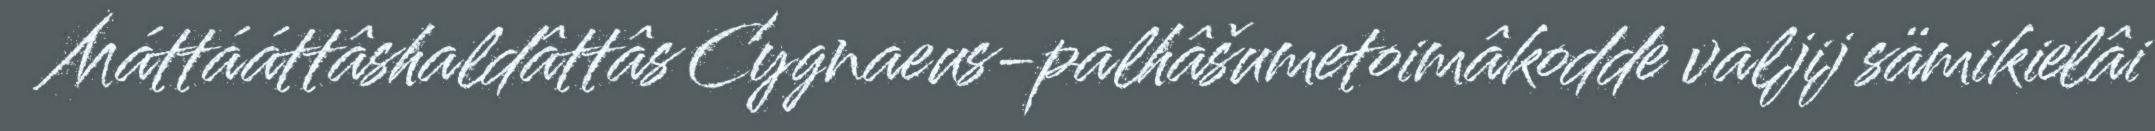
Máttááttâshaldâttâs Cygnaeus-palhâšumetoimâkodde valjij sämikielâi